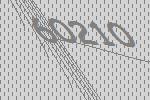
60210